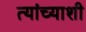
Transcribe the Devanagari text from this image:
त्‍यांच्‍याशी